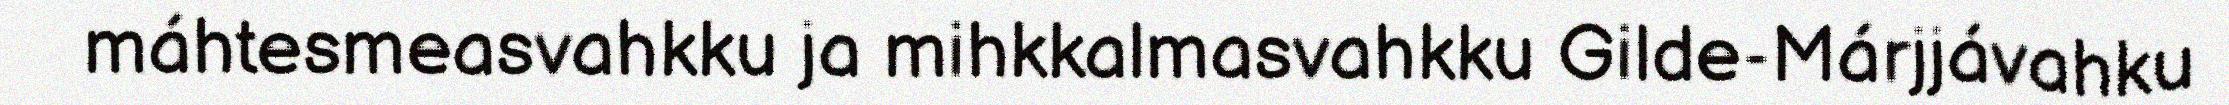
máhtesmeasvahkku ja mihkkalmasvahkku Gilde-Márjjávahku